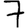
Digit: 7